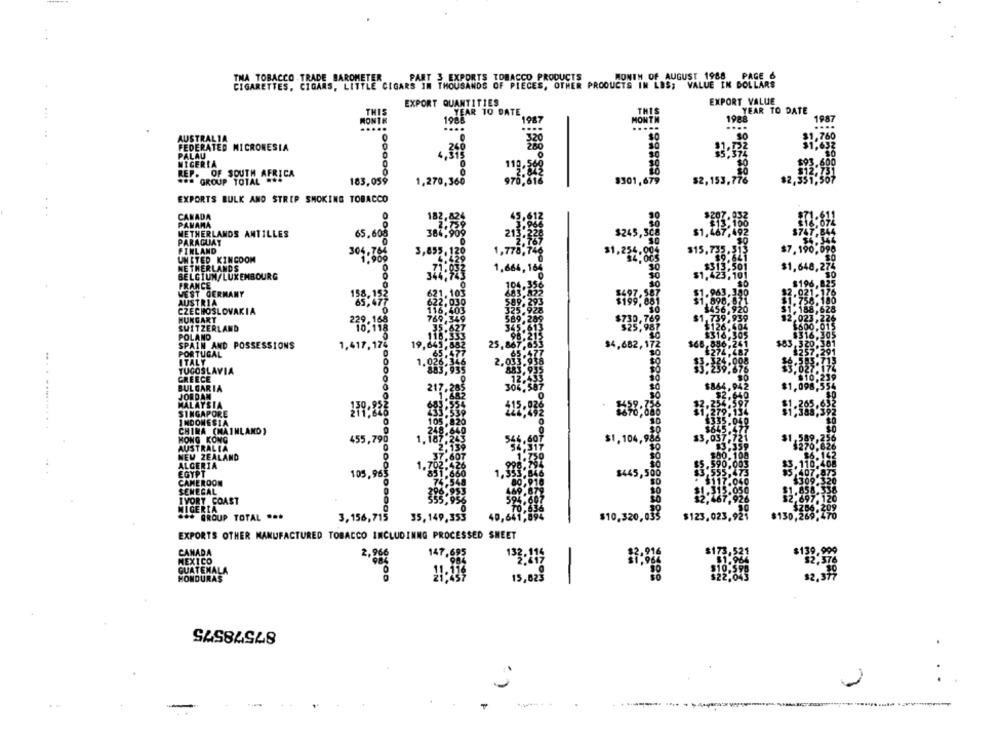
MONTH OF AUGUST 1988 PAGE 6
THA TOBACCO TRADE BAROMETER
PART 3 EXPORTS TOBACCO PRODUCTS
CIGARETTES, CIGARS, LITTLE CIGARS IN THOUSANDS OF PIECES, OTHER PRODUCTS IN LOS; VALUE IN DOLLARS
EXPORT VALUE
YEAR TO DATE
THIS
YEAR TO DATE
THIS
1987
MONTH
1988
MONTH
1987
AUSTRALIA
FEDERATED MICRONESIA
PALAU
MICERIA
REP. OF SOUTH AFRICA
1
... GROUP TOTAL .. 4
183,05
1,270,368
$301,67
EXPORTS BULK AND STRIP SMOKING TOBACCO
CANADA
182.
PANAMA
NETHERLANDS ANTILLES
65,60
PARAGUAY
FINLAND
UNITED KINGDOM
3,835.
4.429
NETHERLANDS
1,666 , 1
$1,648,2
BELGIUM/LUXEMBOURG
FRANCE
WEST GERMANY
621.103
AUSTRIA
622.030
CZECHOSLOVAKIA
116.403
MUKGART
769,349
SWITZERLAND
35.627
POLAND
118,33
SPAIN AND POSSESSIONS
1,417, 17-
19.645,882
25,867"
$4,682,1
$68
$83
PORTUGAL
65.47
ITALY
1.026,34
2.055
YUGOSLAVIA
GREECE
12
BULGARIA
30%
JORDAN
MALAYSIA
SINGAPORE
... . ......... .. .
INDONESIA
105-0
CHIRA (MAINLAND)
18.6
HONG KONG
$1,104,
$3
455,798
AUSTRALIA
NEW ZEALAND
ALGERIA
EGYPT
105.968
$445,
CAMEROON
SENEGAL
IVORY COAST
NIGERIA
.** GROUP TOTAL ...
3,156,715
35,149,353
40,641,
$10,320,039
$123.023,92
$130.
EXPORTS OTHER MANUFACTURED TOBACCO INCLUDINNG PROCESSED SHEET
CANADA
MEXICO
2.960
147. 6
133:212
GUATEMALA
417
HONDURAS
15,823
87578575
.
--